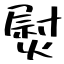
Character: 熨